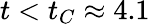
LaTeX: t<t_{C}\approx 4.1